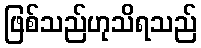
ဖြစ်သည်ဟုသိရသည်